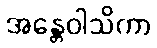
အန္တေဝါသိကာ